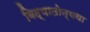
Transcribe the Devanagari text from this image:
विद्यातोन्यथा